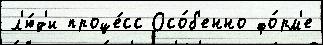
л'ю́д'и проце́сс Осо́б'енно фо́рм'е